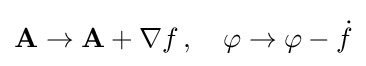
\mathbf {A} \rightarrow \mathbf {A} +\nabla f\,,\quad \varphi \rightarrow \varphi -{\dot {f}}